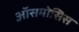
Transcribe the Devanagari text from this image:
ऑसमोसिस